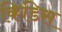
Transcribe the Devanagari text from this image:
किडिस